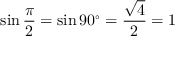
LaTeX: \sin { \frac { \pi } { 2 } } = \sin 9 0 ^ { \circ } = { \frac { \sqrt { 4 } } { 2 } } = 1